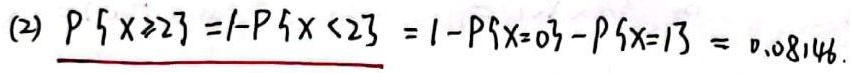
(2) $P\{ X\geqslant 23\} = 1 - P\{ X < 23\} = 1 - P\{ X = 0\} - P\{ X = 13\} = 0.08146$